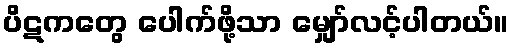
ပိဋကတွေ ပေါက်ဖို့သာ မျှော်လင့်ပါတယ်။